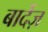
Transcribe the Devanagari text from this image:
बार्देज़